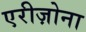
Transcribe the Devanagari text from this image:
एरीज़ोना